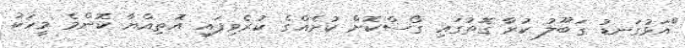
"އަޅުގަނޑު ގަބޫލު ކުރާ ގޮތުގައި ގޯސްކޮށް ކުށެއްގެ ކުރެވިފައި އޮތިއްޔާ ކޮންމެ މީހަކު